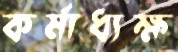
কর্মাধ্যক্ষ